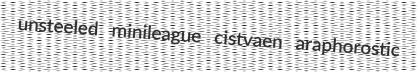
unsteeled minileague cistvaen araphorostic